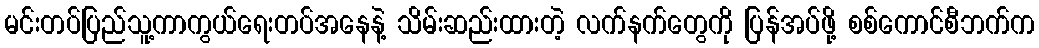
မင်းတပ်ပြည်သူ့ကာကွယ်ရေးတပ်အနေနဲ့ သိမ်းဆည်းထားတဲ့ လက်နက်တွေကို ပြန်အပ်ဖို့ စစ်ကောင်စီဘက်က